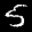
Label: 5